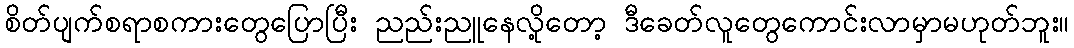
စိတ်ပျက်စရာစကားတွေပြောပြီး ညည်းညူနေလို့တော့ ဒီခေတ်လူတွေကောင်းလာမှာမဟုတ်ဘူး။